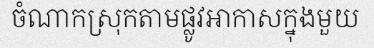
ចំណាកស្រុកតាមផ្លូវអាកាសក្នុងមួយ